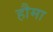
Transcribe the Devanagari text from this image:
हौमा